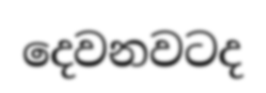
දෙවනවටද